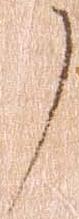
了